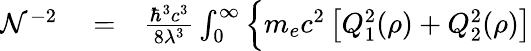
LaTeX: \begin{array}{rlr}{\mathcal{N}^{-2}}&{{}=}&{\frac{\hbar^{3}c^{3}}{8\lambda^{3}}\int_{0}^{\infty}\Big\{ m_{e}c^{2}\, \big[Q_{1}^{2}(\rho)+Q_{2}^{2}(\rho)\big]}\end{array}